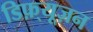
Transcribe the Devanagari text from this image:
डिफ़्यूज़न